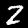
Digit: 2